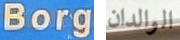
Borg الوالدان